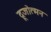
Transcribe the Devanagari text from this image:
द्रूजोत्मन